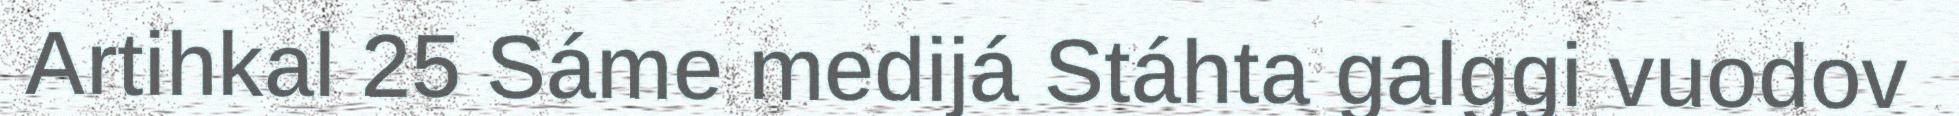
Artihkal 25 Sáme medijá Stáhta galggi vuodov